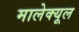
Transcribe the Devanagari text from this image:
मालेक्यूल